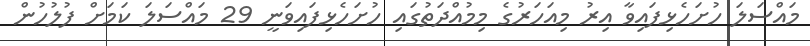
މައްސަލަ ހުށަހެޅިފައިވާ އިރު މިއަހަރުގެ މިމުއްދަތުގައި ހުށަހެޅިފައިވަނީ 29 މައްސަލަ ކަމަށް ފުލުހުން